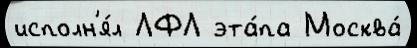
исполн'я́л ЛФЛ эта́па Москва́